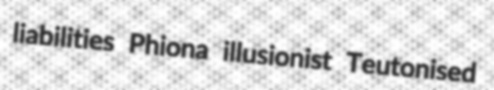
liabilities Phiona illusionist Teutonised